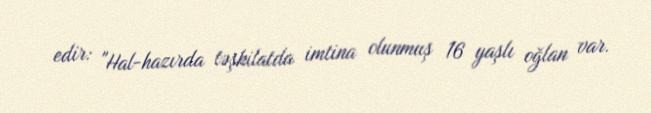
edir: "Hal-hazırda təşkilatda imtina olunmuş 16 yaşlı oğlan var.